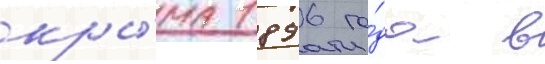
кры́ма 1896 го́да в